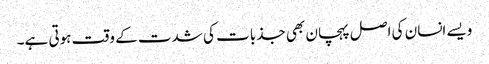
ویسے انسان کی اصل پہچان بھی جذبات کی شدت کے وقت ہوتی ہے۔